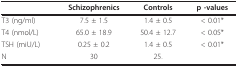
<table><thead><tr><td></td><td><b>Schizophrenics</b></td><td><b>Controls</b></td><td><b>p -values</b></td></tr></thead><tbody><tr><td>T3 (ng/ml)</td><td>7.5 ± 1.5</td><td>1.4 ± 0.5</td><td>&lt; 0.01*</td></tr><tr><td>T4 (nmol/L)</td><td>65.0 ± 18.9</td><td>50.4 ± 12.7</td><td>&lt; 0.05*</td></tr><tr><td>TSH (miU/L)</td><td>0.25 ± 0.2</td><td>1.4 ± 0.5</td><td>&lt; 0.01*</td></tr><tr><td>N</td><td>30</td><td>25.</td><td></td></tr></tbody></table>